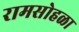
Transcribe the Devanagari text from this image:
रामसोहळा